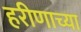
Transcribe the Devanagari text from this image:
हरीणाच्या